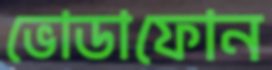
ভোডাফোন